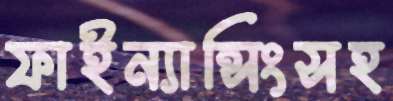
ফাইন্যান্সিংসহ